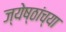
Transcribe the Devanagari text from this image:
ज्येष्ठांच्या